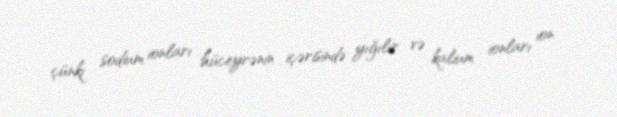
çünki sodium ionları hüceyrənin içərisində yığılır və kalium ionları ion